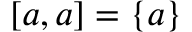
[ a , a ] = \{ a \}